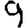
Digit: 9